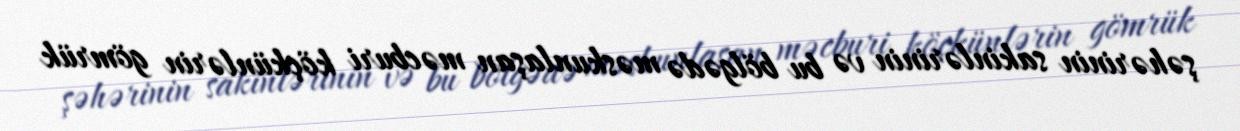
şəhərinin sakinlərinin və bu bölgədə məskunlaşan məcburi köçkünlərin gömrük